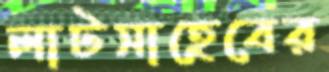
লাটসাহেবের